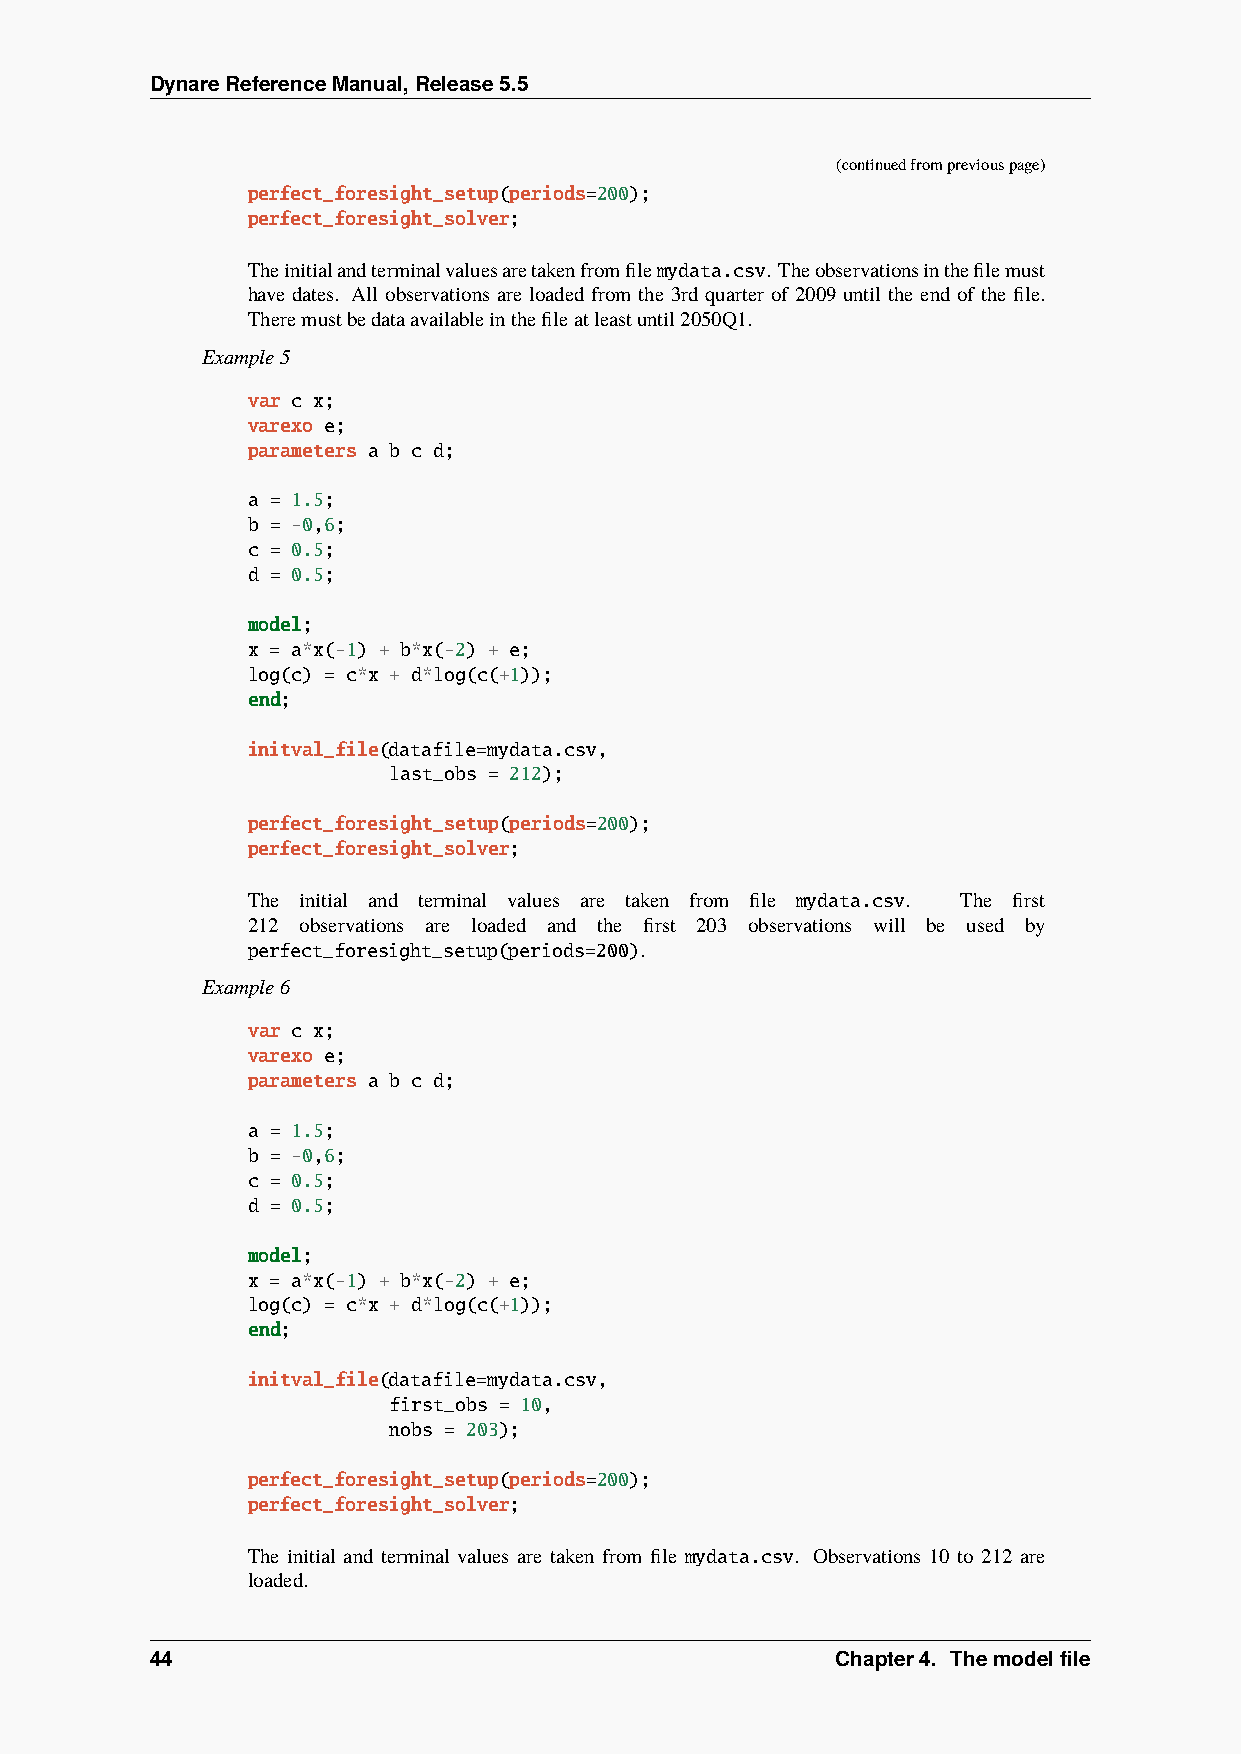
DynareReferenceManual,Release5.5
 (continuedfrompreviouspage)
 perfect_foresight_setup(periods=200);
 perfect_foresight_solver;
 Theinitialandterminalvaluesaretakenfromfilemydata.csv. Theobservationsinthefilemust
 have dates. All observations are loaded from the 3rd quarter of 2009 until the end of the file.
 Theremustbedataavailableinthefileatleastuntil2050Q1.
 Example5
 var c x;
 varexo e;
 parameters a b c d;
 a = 1.5;
 b = -0,6;
 c = 0.5;
 d = 0.5;
 model;
 x = a*x(-1) + b*x(-2) + e;
 log(c) = c*x + d*log(c(+1));
 end;
 initval_file(datafile=mydata.csv,
 last_obs = 212);
 perfect_foresight_setup(periods=200);
 perfect_foresight_solver;
 The initial and terminal values are taken from file mydata.csv. The first
 212 observations are loaded and the first 203 observations will be used by
 perfect_foresight_setup(periods=200).
 Example6
 var c x;
 varexo e;
 parameters a b c d;
 a = 1.5;
 b = -0,6;
 c = 0.5;
 d = 0.5;
 model;
 x = a*x(-1) + b*x(-2) + e;
 log(c) = c*x + d*log(c(+1));
 end;
 initval_file(datafile=mydata.csv,
 first_obs = 10,
 nobs = 203);
 perfect_foresight_setup(periods=200);
 perfect_foresight_solver;
 The initial and terminal values are taken from file mydata.csv. Observations 10 to 212 are
 loaded.
 44                                           Chapter4. Themodelfile